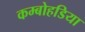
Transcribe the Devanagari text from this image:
कम्बोहडिया